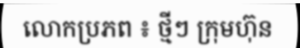
លោកប្រភព ៖ ថ្មីៗ ក្រុមហ៊ុន